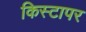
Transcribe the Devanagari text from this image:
किस्टापर